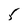
Character: 5